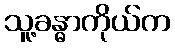
သူ့ခန္ဓာကိုယ်က